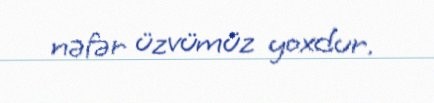
nəfər üzvümüz yoxdur.